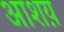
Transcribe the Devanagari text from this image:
आशय़